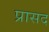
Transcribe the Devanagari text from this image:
प्रासद